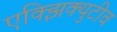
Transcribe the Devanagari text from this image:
एक्झिक्युटीव